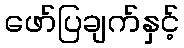
ဖော်ပြချက်နှင့်